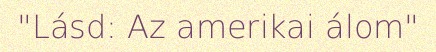
"Lásd: Az amerikai álom"